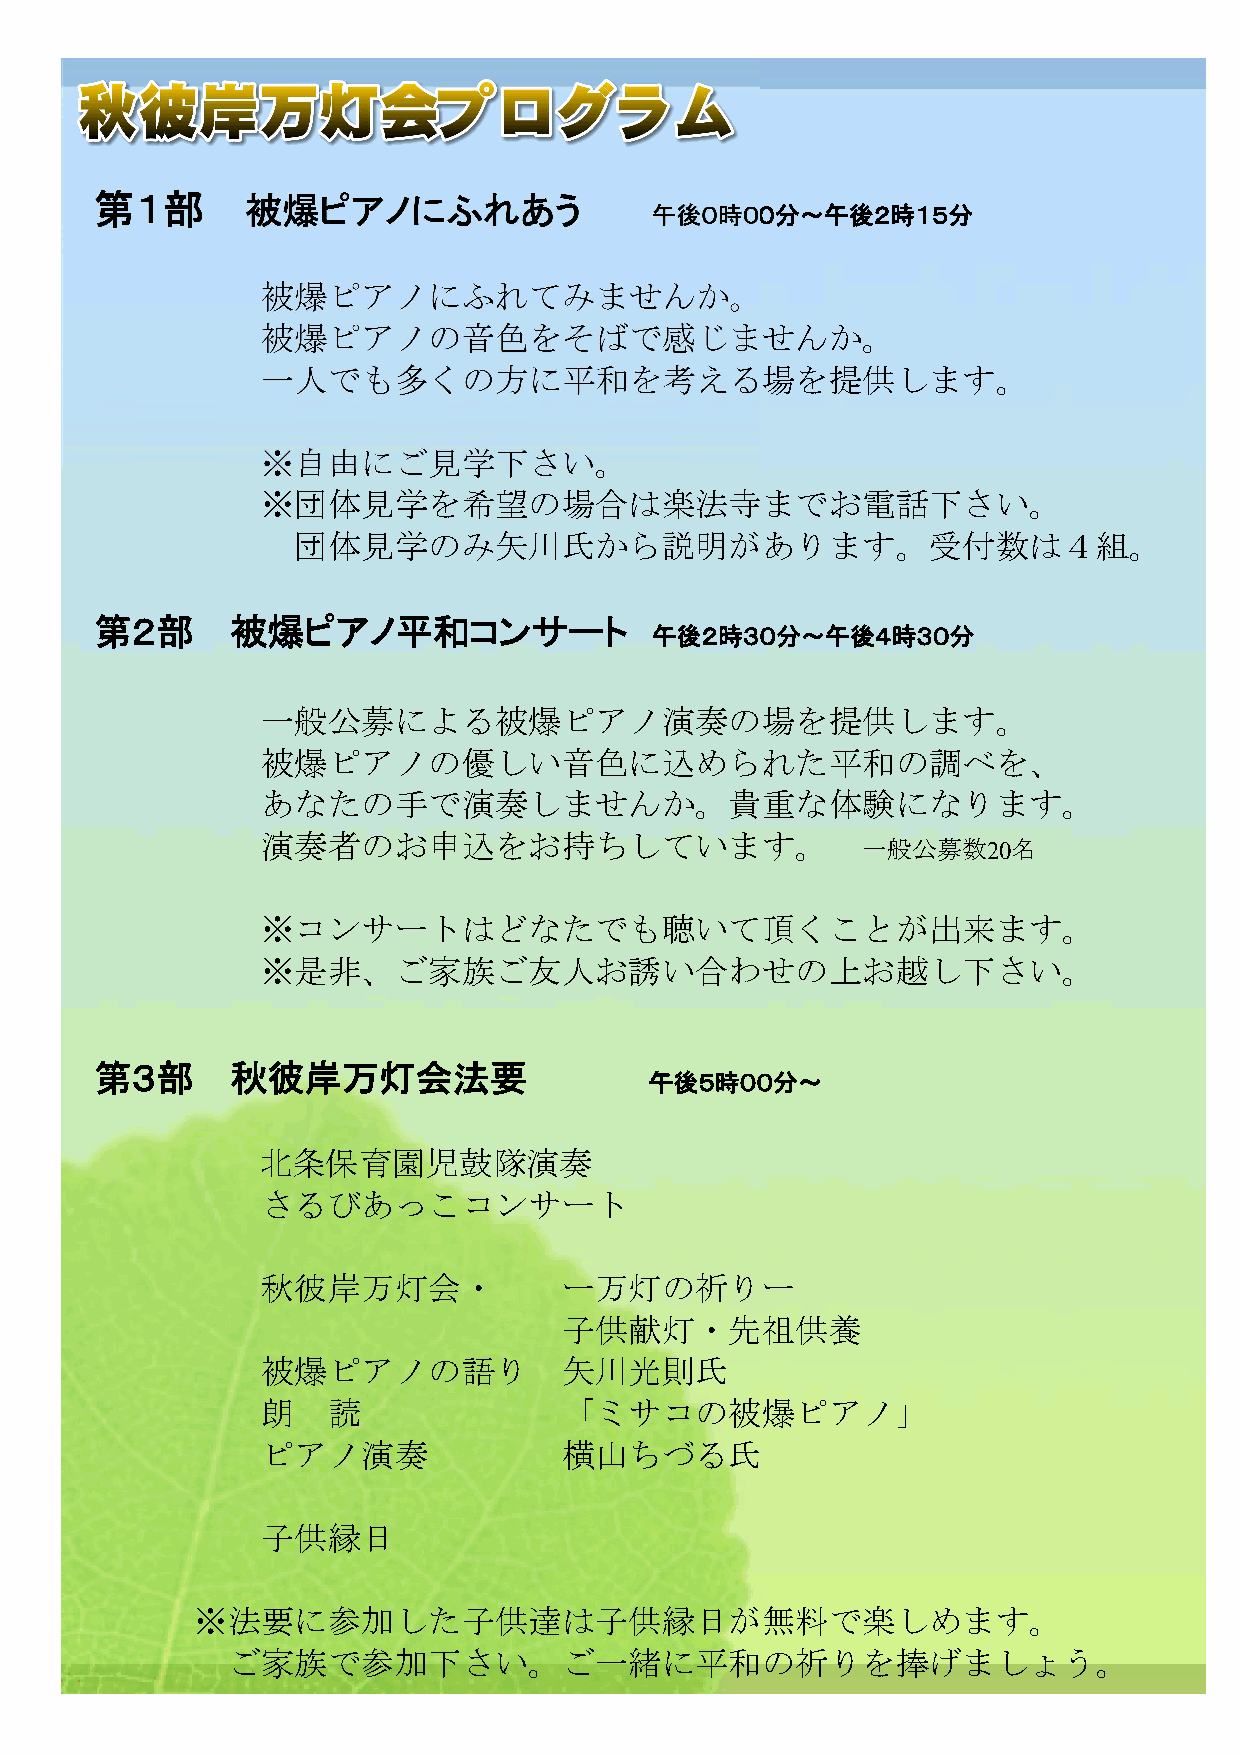
第１部       被爆ピアノにふれあう
 午後０時００分～午後２時１５分
 被爆ピアノにふれてみませんか。
 被爆ピアノの音色をそばで感じませんか。
 一人でも多くの方に平和を考える場を提供します。
 ※自由にご見学下さい。
 ※団体見学を希望の場合は楽法寺までお電話下さい。
 団体見学のみ矢川氏から説明があります。受付数は４組。
 第２部      被爆ピアノ平和コンサート
 午後２時３０分～午後４時３０分
 一般公募による被爆ピアノ演奏の場を提供します。
 被爆ピアノの優しい音色に込められた平和の調べを、
 あなたの手で演奏しませんか。貴重な体験になります。
 演奏者のお申込をお持ちしています。
 一般公募数20名
 ※コンサートはどなたでも聴いて頂くことが出来ます。
 ※是非、ご家族ご友人お誘い合わせの上お越し下さい。
 第３部      秋彼岸万灯会法要
 午後５時００分～
 北条保育園児鼓隊演奏
 さるびあっこコンサート
 秋彼岸万灯会・             ー万灯の祈りー
 子供献灯・先祖供養
 被爆ピアノの語り            矢川光則氏
 朗    読              「ミサコの被爆ピアノ」
 ピアノ演奏               横山ちづる氏
 子供縁日
 ※法要に参加した子供達は子供縁日が無料で楽しめます。
 ご家族で参加下さい。ご一緒に平和の祈りを捧げましょう。